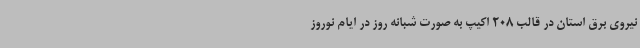
نیروی برق استان در قالب 208 اکیپ به ‌صورت شبانه روز در ایام نوروز